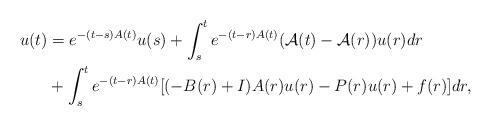
LaTeX: \begin{align*} u(t)&=e^{-(t-s)A(t)}u(s)+ \int_{s}^{t} { e^{-(t-r)A(t)}(\mathcal{A}(t)-\mathcal{A}(r))u(r)dr} \\ &+ \int_{s}^{t} { e^{-(t-r)A(t)}[(-B(r)+I)A(r)u(r)-P(r)u(r)+f(r)]}dr, \end{align*}